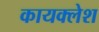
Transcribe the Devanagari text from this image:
कायक्लेश